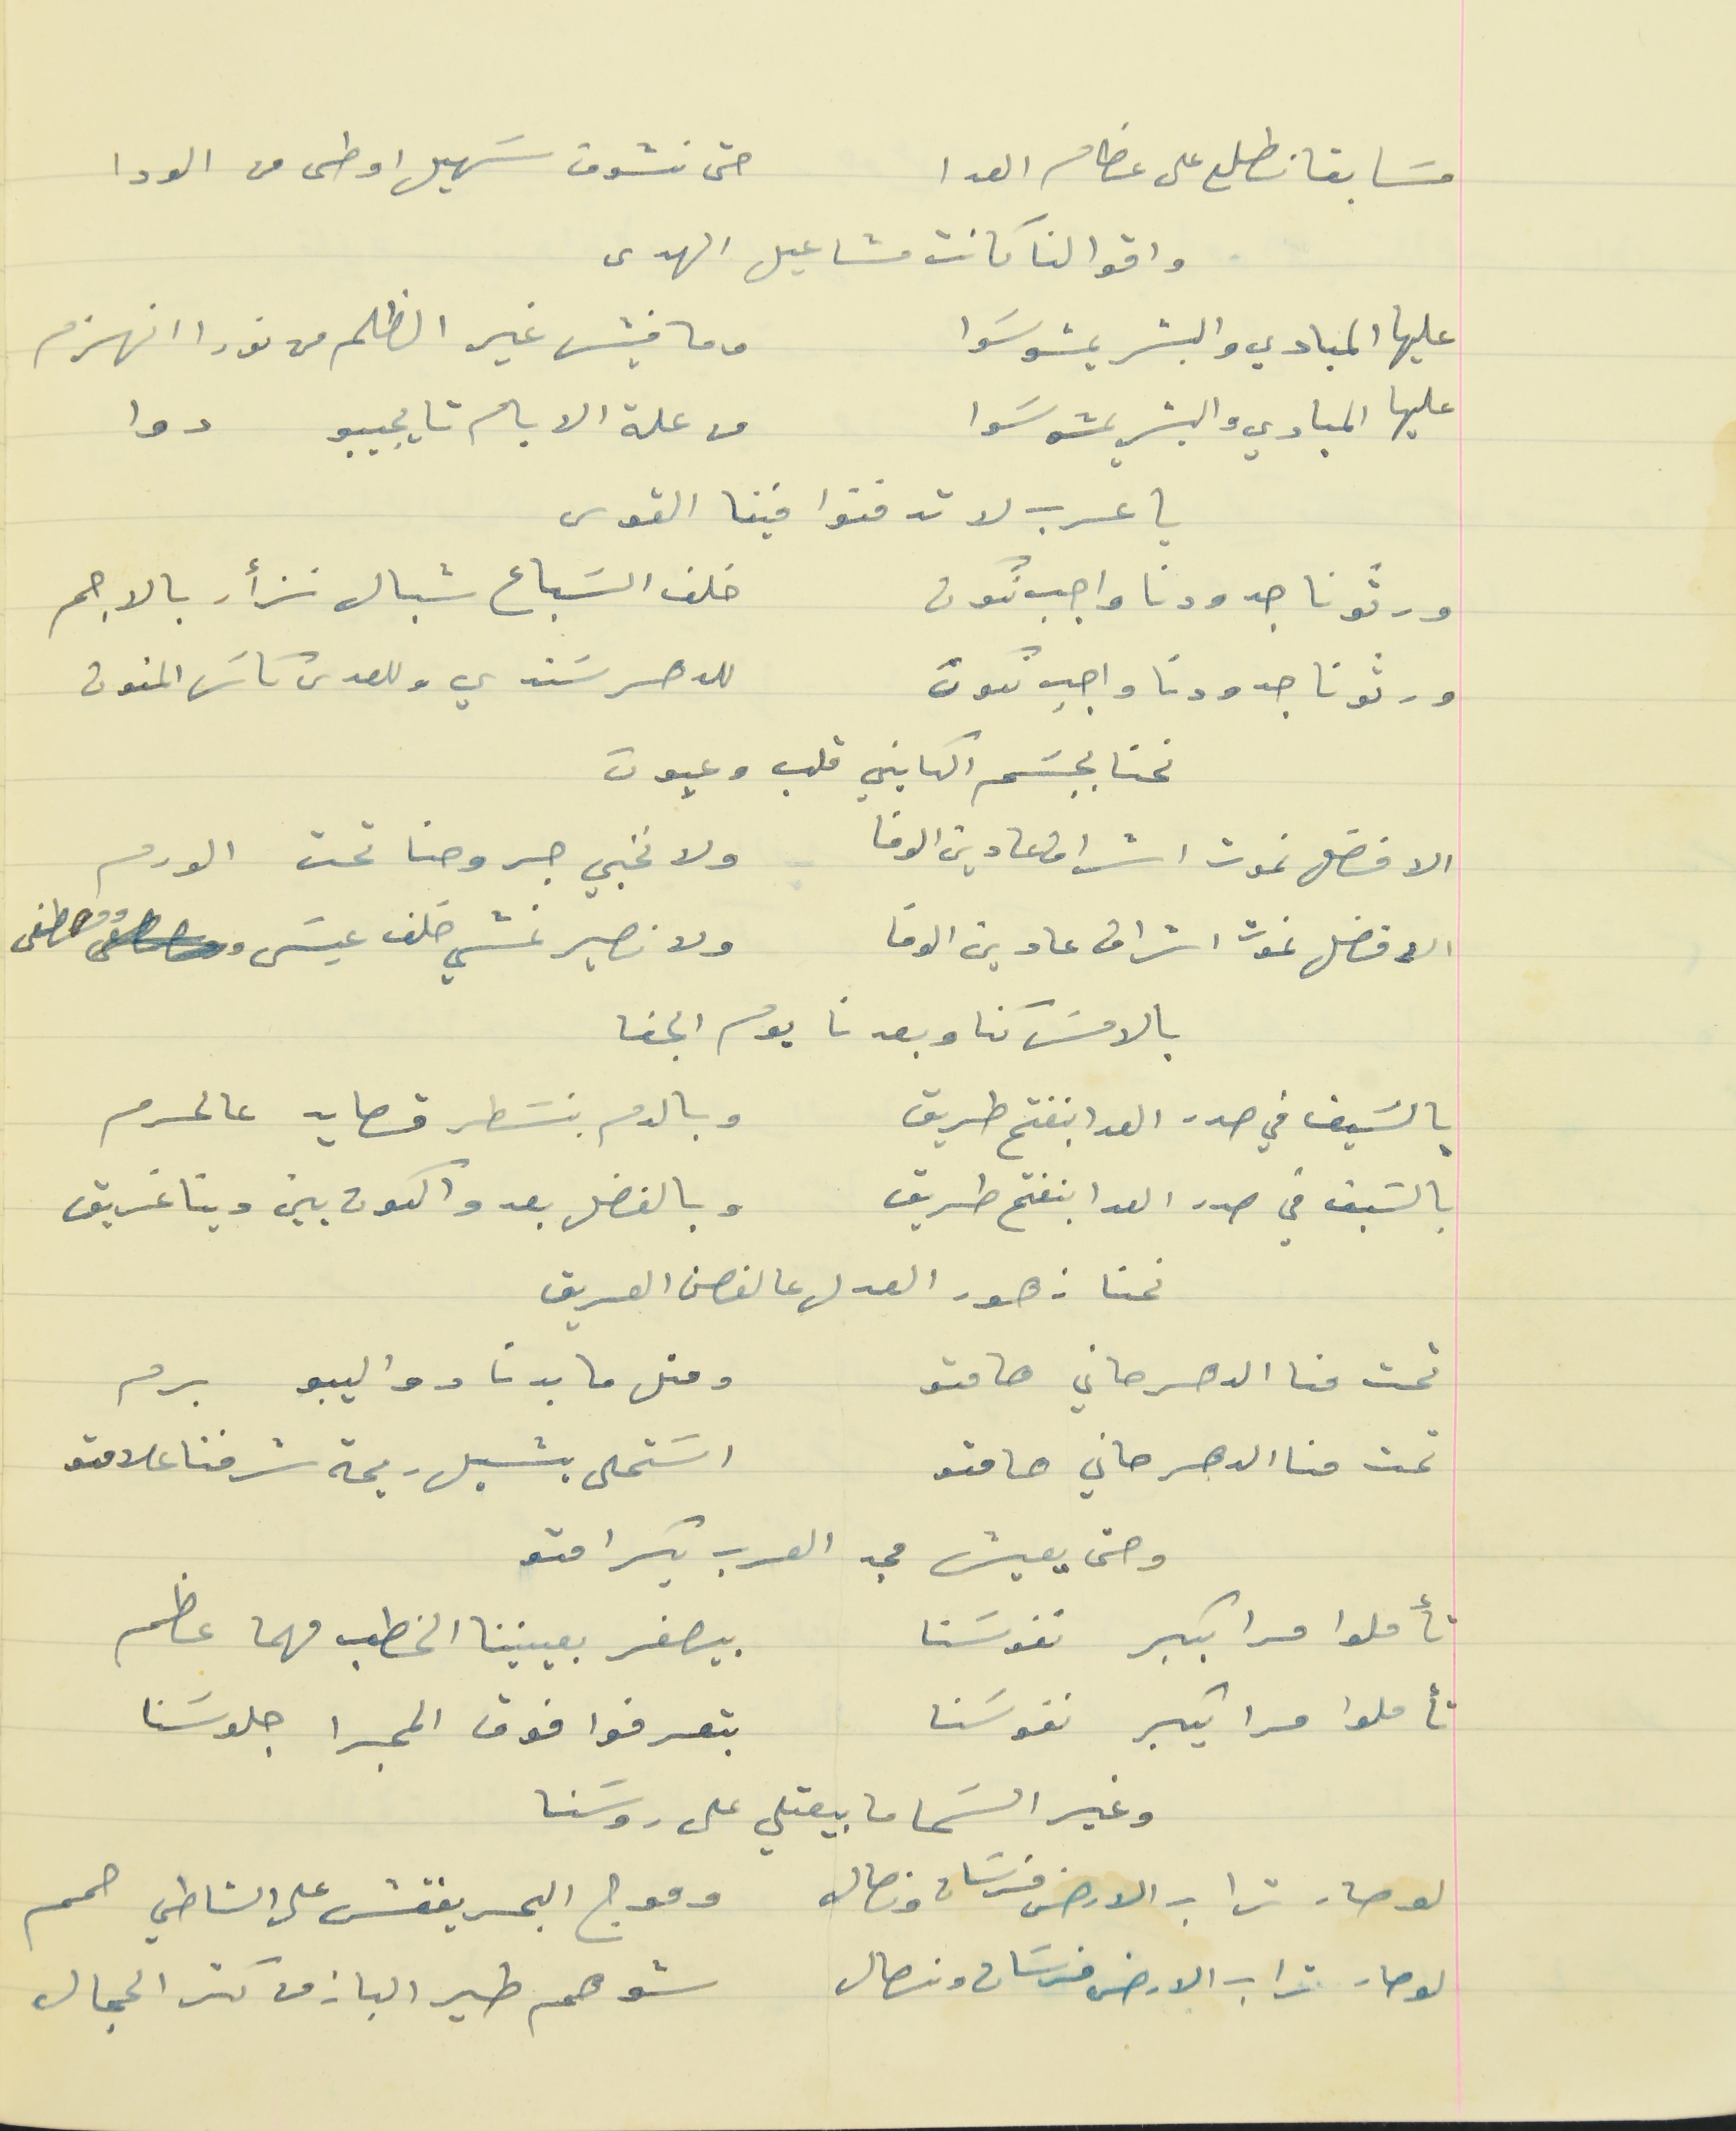
مسَابقا نطلع على عظام العدا                                  حتى نشوف سَهيل اوطى من الودا
واقوالنا كانت مشاعيل الهدى
عليها المبادي والبشر يمشو سَوا                                       وما فيش غير الظلم من نورا انهزم
عليها المبادي والبشر يمشو سَوا                                           من علة الايام تايجيبو دوا
يا عرب لا تدفنوا فينا القوى
ورثونا جدودنا واجب نكون                                     خلف السَباع شبال نزأر بالاجم
ورثونا جدودنا واجب نكون                                       للدهر سَندي وللعدى كاسَ المنون
نحنا بجسَم الكايني قلب وعيون
الافضل نموت اشراف عا دين الوفا                                  ولا نخبي جروحنا تحت الورم
الافضل نموت اشراف عا دين الوفا                                  ولا نصير نمشي خلف عيسَى ومصطفى
بالامسَ كنا وبعدنا يوم الجفا
بالسَيف في صدر العدا بنفتح طريق                            وبالدم بنسَطر قصايد عالحرم
بالسَيف في صدر العدا بنفتح طريق                            وبالفضل بعدو الكون بين دينا غريق
نحنا زهور العدل عالغصن العريق
تحت منا الدهر حاني هامتو                                   ومتل ما بدنا دواليبو برم
تحت منا الدهر حاني هامتو                                      اسَتحلى يشيل ريحة شرفنا علامتو
وحتى يعيش مجد العرب بكرامتو
تأملوا مرا بكبر نفوسَنا                                  بيصغر بعينينا الخطب مهما عظم
تأملوا مرا بكبر نفوسَنا                                  بتعرفوا فوق المجرا جلوسَنا
وغير السَما ما بيعتلي على روسَنا
لو صار تراب الارض فرسَان ونصال                                  وموج البحر يفقش على الشاطي حمم
لو صار تراب الارض فرسَان ونصال                                        شو هم طير الباز من كتر الحجال